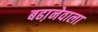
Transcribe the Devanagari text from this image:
बढा़नेवाला